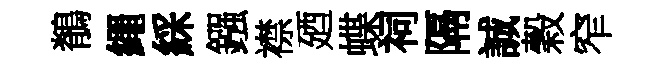
鶺繩綵鏹襟廼蝶祠隔誠穀窄